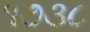
૧૭૩૮